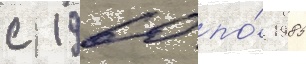
с 1960 по́ 1985